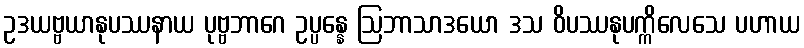
ဥဒယဗ္ဗယာနုပဿနာယ ပုဗ္ဗဘာဂေ ဥပ္ပန္နေ ဩဘာသာဒယော ဒသ ဝိပဿနုပက္ကိလေသေ ပဟာယ